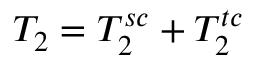
T _ { 2 } = T _ { 2 } ^ { s c } + T _ { 2 } ^ { t c }